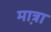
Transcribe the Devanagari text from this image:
मा़त्रा